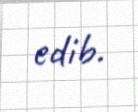
edib.